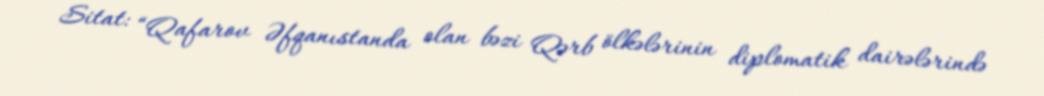
Sitat: “Qafarov Əfqanıstanda olan bəzi Qərb ölkələrinin diplomatik dairələrində